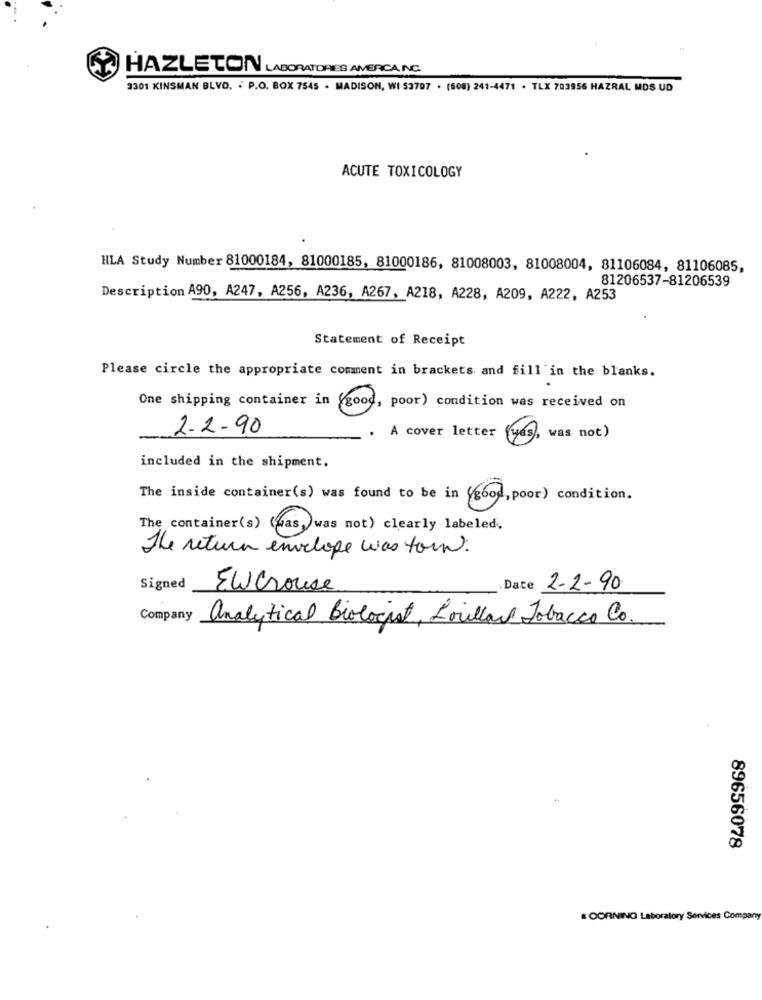
HAZLETON LABORATORIES AMERICA INC.
3301 KINSMAN BLVD. . P.O. BOX 7545 . MADISON, WI 53707 . (508) 241-4471 . TLX 703956 HAZRAL MDS UD
ACUTE TOXICOLOGY
HLA Study Number 81000184, 81000185, 81000186, 81008003, 81008004, 81106084, 81106085,
81206537-81206539
Description A90, A247, A256, A236, A267, A218, A228, A209, A222, A253
Statement of Receipt
Please circle the appropriate comment in brackets and fill in the blanks.
One shipping container in (good, poor) condition was received on
2-2-90
.A cover letter
(yes), was not)
included in the shipment.
The inside container(s) was found to be in (good, poor) condition.
The container(s) (mas,)was not) clearly labeled.
The return envelope was torn:
Signed
Elcrouse
Date 2-2-90
Company
analytical Biologist, Lorillard Tobacco Co.
89656078
CORNING Laboratory Services Company